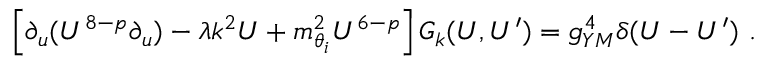
\left[ \partial _ { u } ( U ^ { 8 - p } \partial _ { u } ) - \lambda k ^ { 2 } U + m _ { \theta _ { i } } ^ { 2 } U ^ { 6 - p } \right] { \cal G } _ { k } ( U , U ^ { \prime } ) = g _ { Y M } ^ { 4 } \delta ( U - U ^ { \prime } ) ~ .